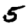
Digit: 5